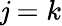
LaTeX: \mathit{j}=k